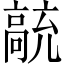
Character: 𲌗